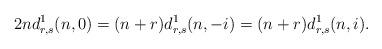
LaTeX: \begin{align*}2nd^1_{r,s}(n,0)=(n+r)d^1_{r,s}(n,-i)=(n+r)d^1_{r,s}(n,i).\end{align*}